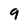
Character: 9